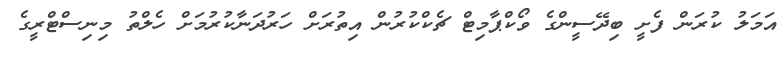
އަމަލު ކުރަން ފެށީ ބިދޭސީންގެ ވޯކްޕާމިޓް ޗެކްކުރުން އިތުރަށް ހަރުދަނާކުރުމަށް ހެލްތު މިނިސްޓްރީގެ